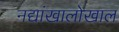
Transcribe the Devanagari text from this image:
नद्यांखालोखाल